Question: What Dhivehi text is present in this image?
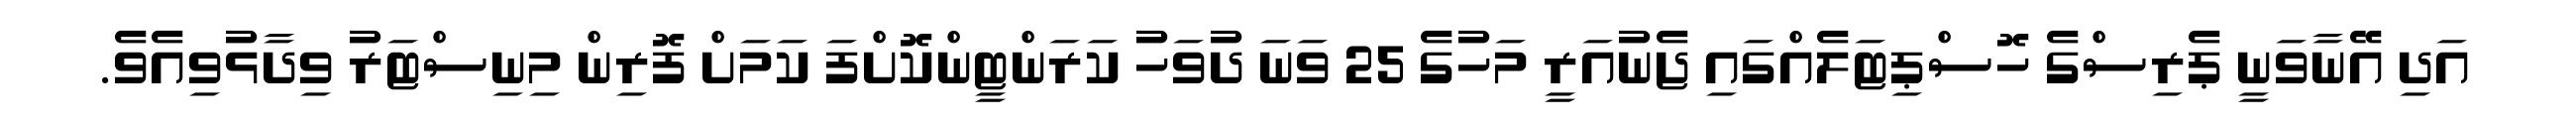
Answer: އަދި އޭނާވަނީ ޕެރިސްގެ ހޮސްޕިޓަލެއްގައި ޖެނުއަރީ މަހުގެ 25 ވަނަ ދުވަހު ކަރަންޓީންކޮށްފަ ކަމަށް ފޮރިން މިނިސްޓަރު ވިދާޅުވިއެވެ.